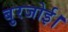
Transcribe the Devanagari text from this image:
बुरजोई।